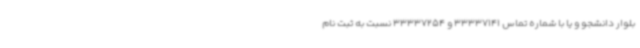
بلوار دانشجو و یا با شماره تماس 33337141 و 33337254 نسبت به ثبت نام